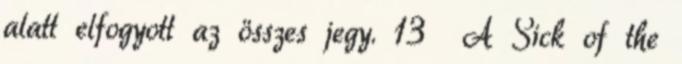
alatt elfogyott az összes jegy. 13 A Sick of the